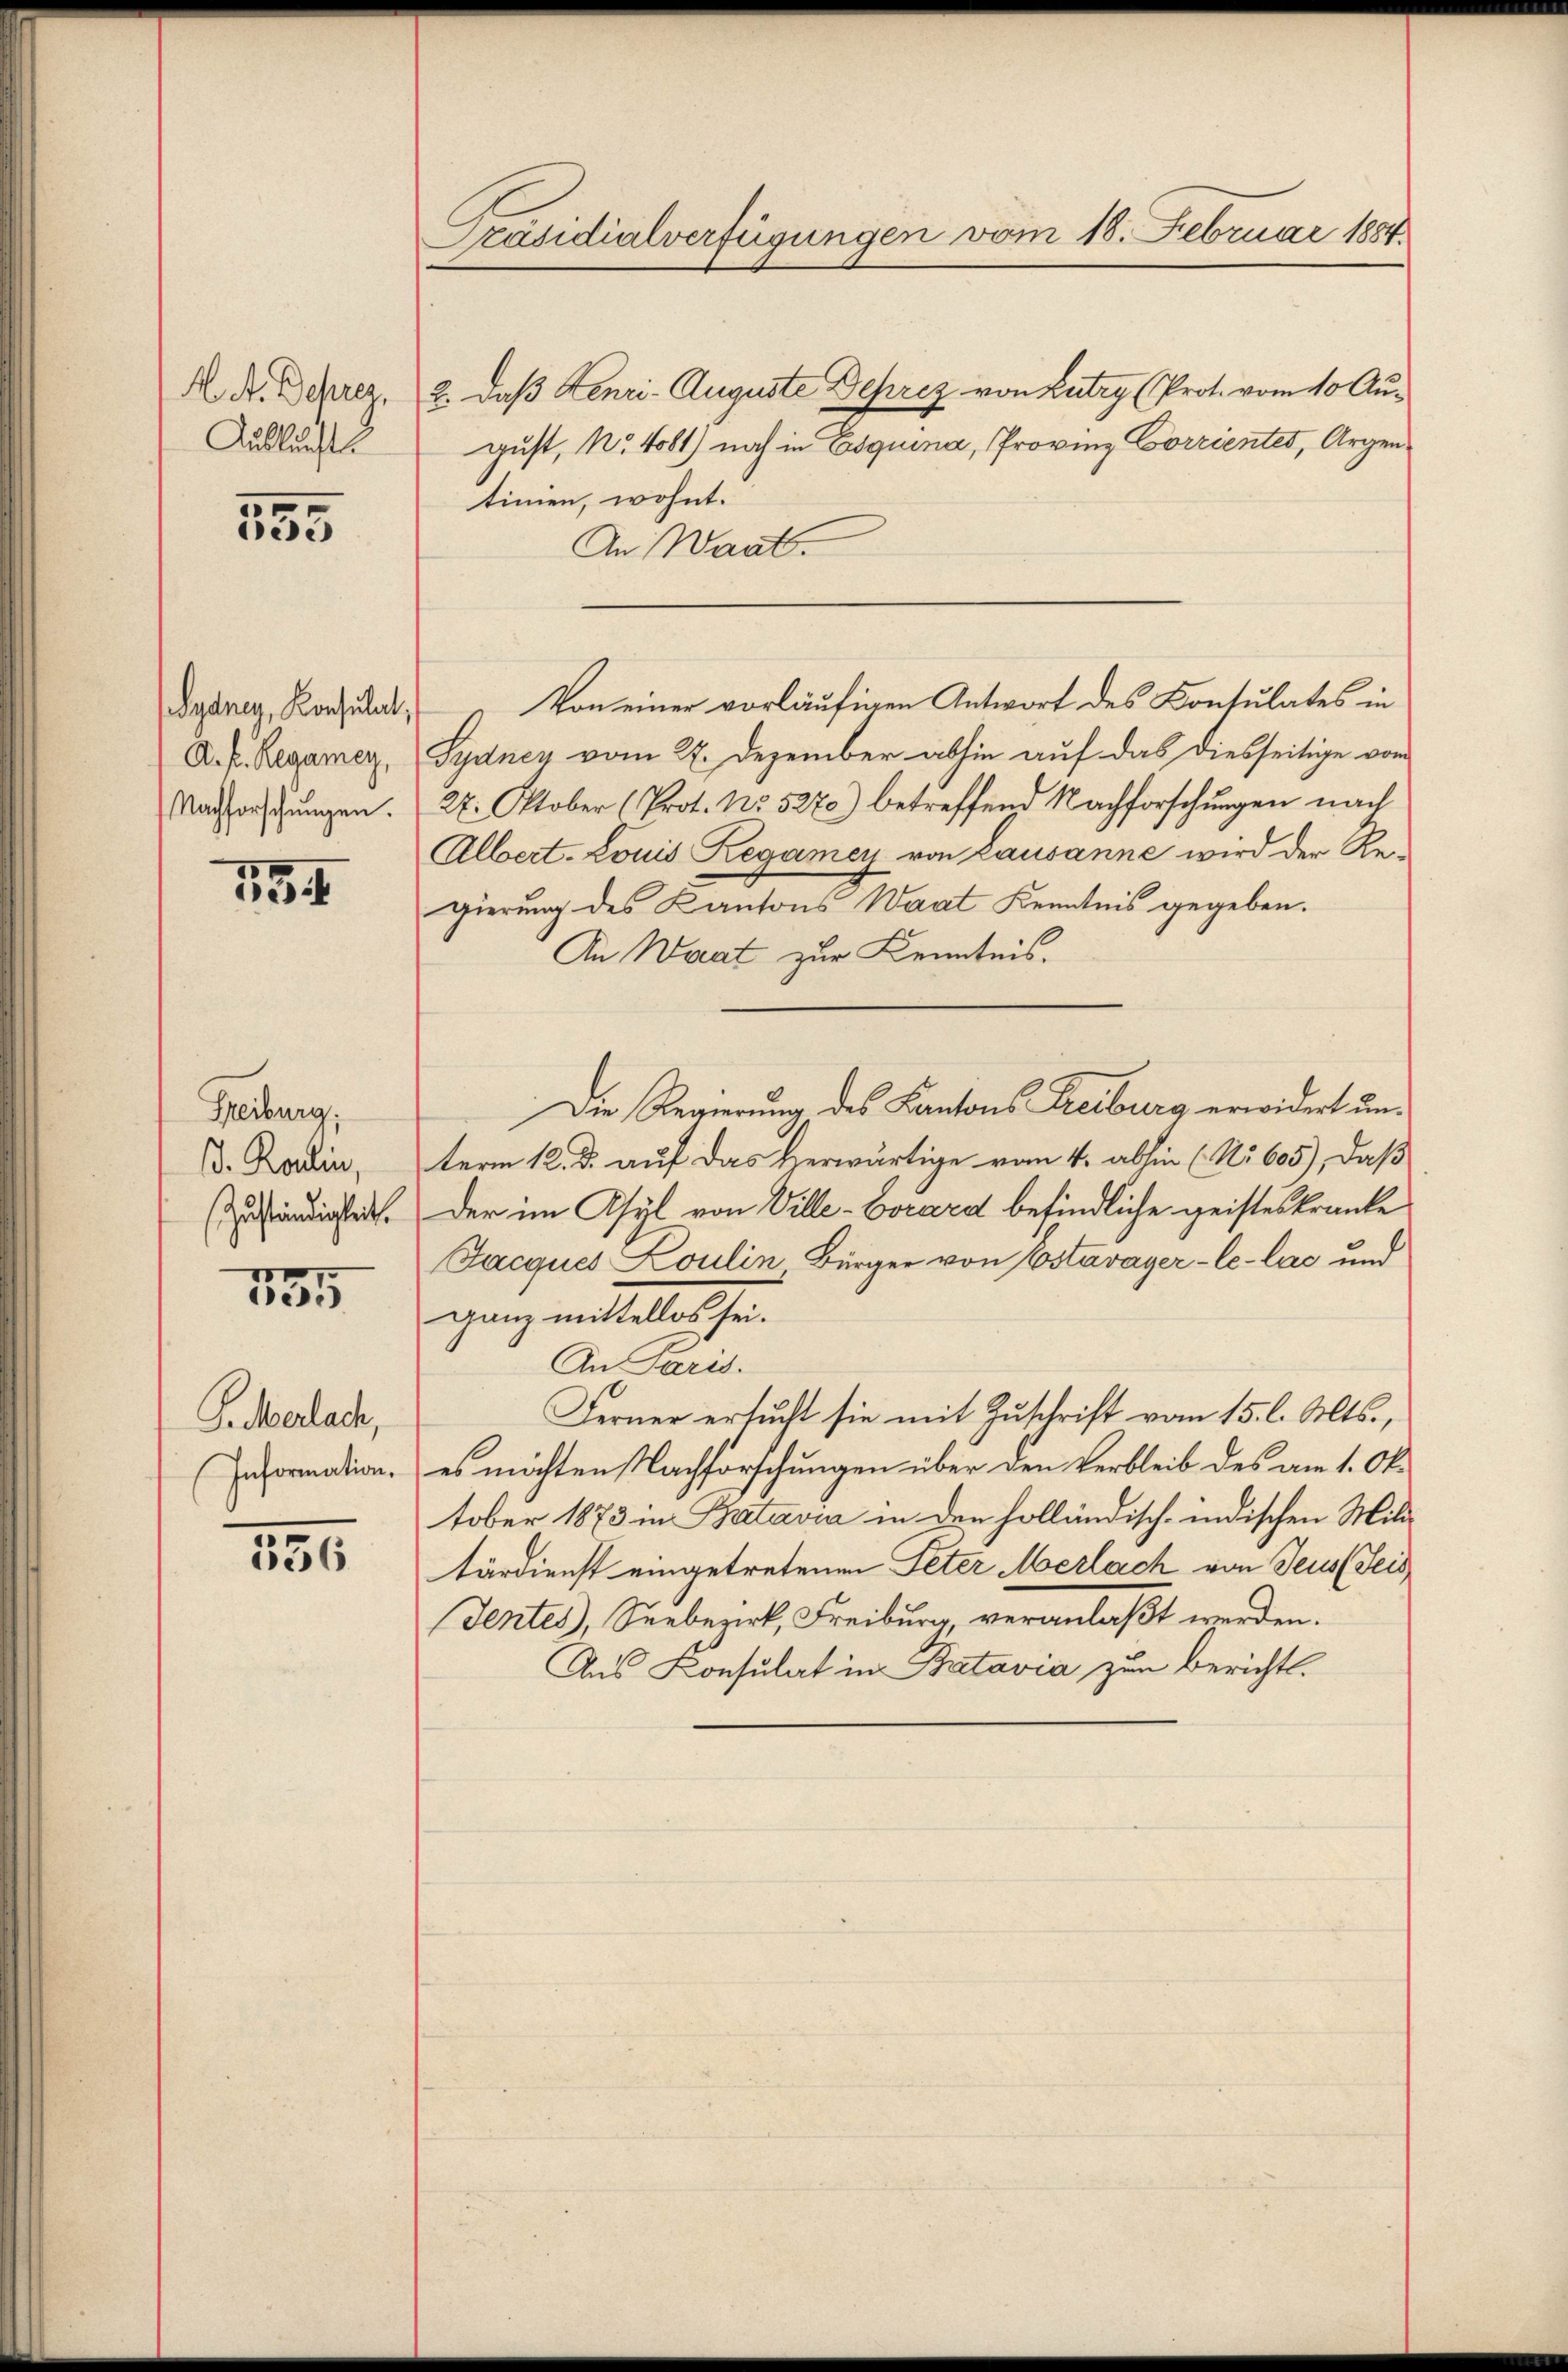
H. A. Depres
Aublucht

3
e

Syaney, Konsulat,
A. P. Regamey,
Nachforschungen.

734

Freiburg.
. Roulin,
Zuständigkeit.

135

G. Merlade,
Information.

131

Präsidialverfügungen vom 18. Februar 1884.

2. daß Henri- Auguste Deprez von Lutry (Prot. vom 10 August, No 4081) noch in Esquina, Provinz Corrientes, Argen
timen, wohnt.
An Waat.
Pydnen vom 22. Dezember abhin auf das diesseitige von
27. Oktober (Prot. No. 5270) betreffend Nachforschungen nach
Albert. Louis Regamey von Lausanne wird der Regierung des Kantons Waat Kenntnis gegeben.
An Waat zur Kenntnis.
Die Regierung des Kantons Freiburg erwidert unterm 12. d. auf das herwärtige vom 4. abhin (No 605), daß
Der im Asyl von Ville-Vorard befindliche geisteskranke
Jacques Loulin Bürger von Estavayer-le-las und
ganz mittelles hr.
An Paris.
Ferner ersucht sie mit Zuschrift vom 15. l. Mts.,
es möchten Nachforschungen über den Verbleib des am 1. Ok-
tober 1873 in Batavia in den holländisch-indischen Mili
tärdienst eingetretenen Peter Merlach von Jeus (Seis
Sentes, Seebezirk, Freiburg, veranlaßt werden.
Aus Konsulat in Batavia zum Bericht.

Von einer vorläufigen Antwort des Kontulates in